Indian journal of veterinary science and animal husbandry - Volume 5,
Year: 1935
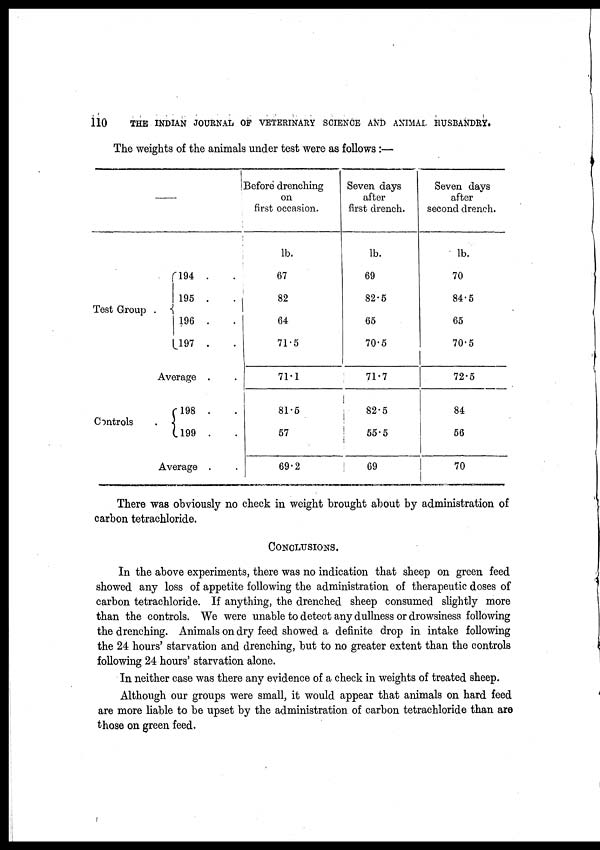
110
THE INDIAN JOURNAL OF VETERINARY SCIENCE AND ANIMAL HUSBANDRY.
The weights of the animals under test were as follows :—
—
Test Group
Controls
Before drenching
on
first occasion.
194 . .
195 . .
196 . .
197 . .
Average . .
198 . .
199 . .
Average . .
lb.
67
82
64
71.5
71.1
81.5
57
69.2
Seven days
after
first drench.
lb.
69
82.5
65
70.5
71.7
82.5
55.5
69
Seven days
after
second drench.
lb.
70
84.5
65
70.5
72.5
84
56
70
There was obviously no check in weight brought about by administration of
carbon tetrachloride.
CONCLUSIONS.
In the above experiments, there was no indication that sheep on green feed
showed any loss of appetite following the administration of therapeutic doses of
carbon tetrachloride. If anything, the drenched sheep consumed slightly more
than the controls. We were unable to detect any dullness or drowsiness following
the drenching. Animals on dry feed showed a definite drop in intake following
the 24 hours' starvation and drenching, but to no greater extent than the controls
following 24 hours' starvation alone.
In neither case was there any evidence of a check in weights of treated sheep.
Although our groups were small, it would appear that animals on hard feed
are more liable to be upset by the administration of carbon tetrachloride than are
those on green feed.